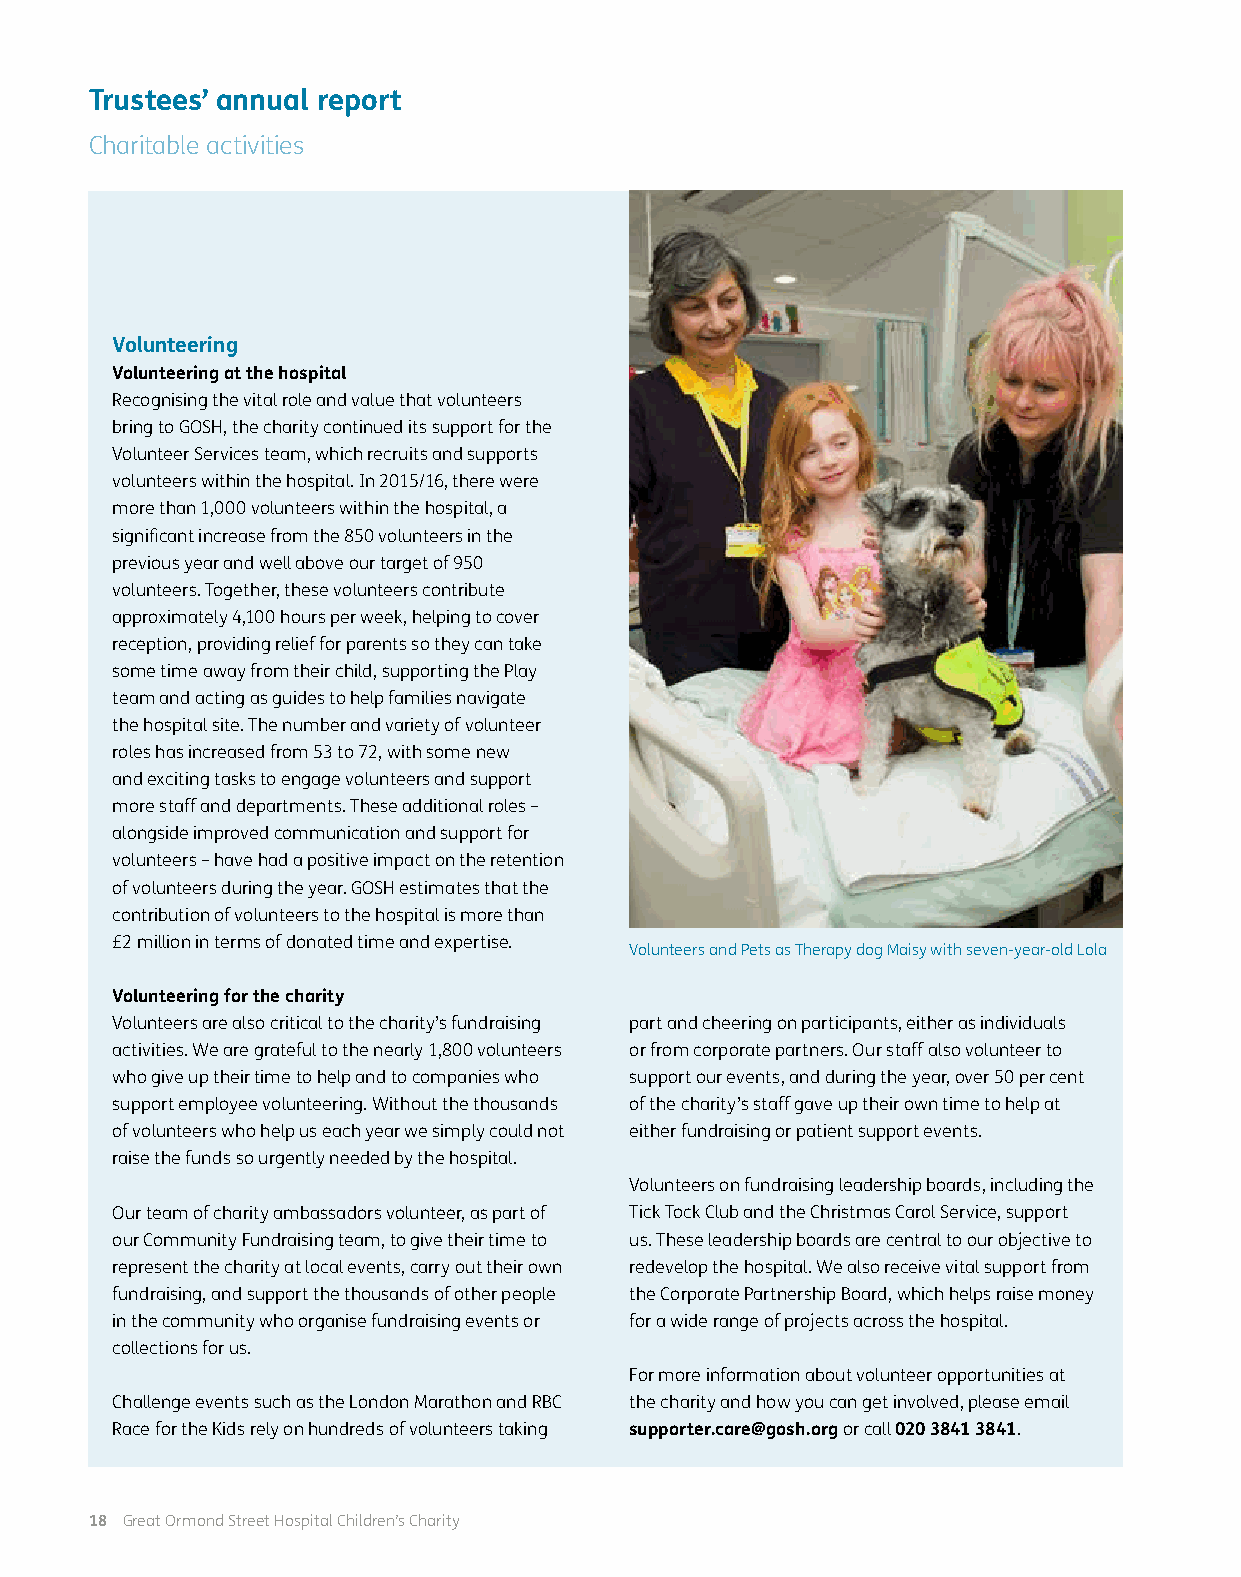
Trustees’ annual report
 Charitable activities
 Volunteering
 Volunteering at the hospital
 Recognising the vital role and value that volunteers
 bring to GOSH, the charity continued its support for the
 Volunteer Services team, which recruits and supports
 volunteers within the hospital. In 2015/16, there were
 more than 1,000 volunteers within the hospital, a
 significant increase from the 850 volunteers in the
 previous year and well above our target of 950
 volunteers. Together, these volunteers contribute
 approximately 4,100 hours per week, helping to cover
 reception, providing relief for parents so they can take
 some time away from their child, supporting the Play
 team and acting as guides to help families navigate
 the hospital site. The number and variety of volunteer
 roles has increased from 53 to 72, with some new
 and exciting tasks to engage volunteers and support
 more staff and departments. These additional roles –
 alongside improved communication and support for
 volunteers – have had a positive impact on the retention
 of volunteers during the year. GOSH estimates that the
 contribution of volunteers to the hospital is more than
 £2 million in terms of donated time and expertise.
 Volunteers and Pets as Therapy dog Maisy with seven-year-old Lola
 Volunteering for the charity
 Volunteers are also critical to the charity’s fundraising part and cheering on participants, either as individuals
 activities. We are grateful to the nearly 1,800 volunteers or from corporate partners. Our staff also volunteer to
 who give up their time to help and to companies who support our events, and during the year, over 50 per cent
 support employee volunteering. Without the thousands of the charity’s staff gave up their own time to help at
 of volunteers who help us each year we simply could not either fundraising or patient support events.
 raise the funds so urgently needed by the hospital.
 Volunteers on fundraising leadership boards, including the
 Our team of charity ambassadors volunteer, as part of Tick Tock Club and the Christmas Carol Service, support
 our Community Fundraising team, to give their time to us. These leadership boards are central to our objective to
 represent the charity at local events, carry out their own redevelop the hospital. We also receive vital support from
 fundraising, and support the thousands of other people the Corporate Partnership Board, which helps raise money
 in the community who organise fundraising events or for a wide range of projects across the hospital.
 collections for us.
 For more information about volunteer opportunities at
 Challenge events such as the London Marathon and RBC the charity and how you can get involved, please email
 Race for the Kids rely on hundreds of volunteers taking supporter.care@gosh.org or call 020 3841 3841.
 18 Great Ormond Street Hospital Children’s Charity